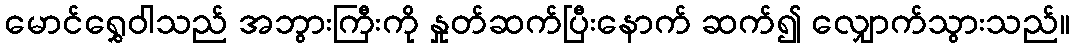
မောင်ရွှေဝါသည် အဘွားကြီးကို နှုတ်ဆက်ပြီးနောက် ဆက်၍ လျှောက်သွားသည်။